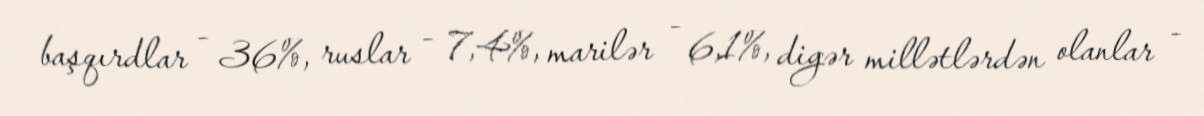
başqırdlar - 36%, ruslar - 7,4%, marilər - 6,1%, digər millətlərdən olanlar -